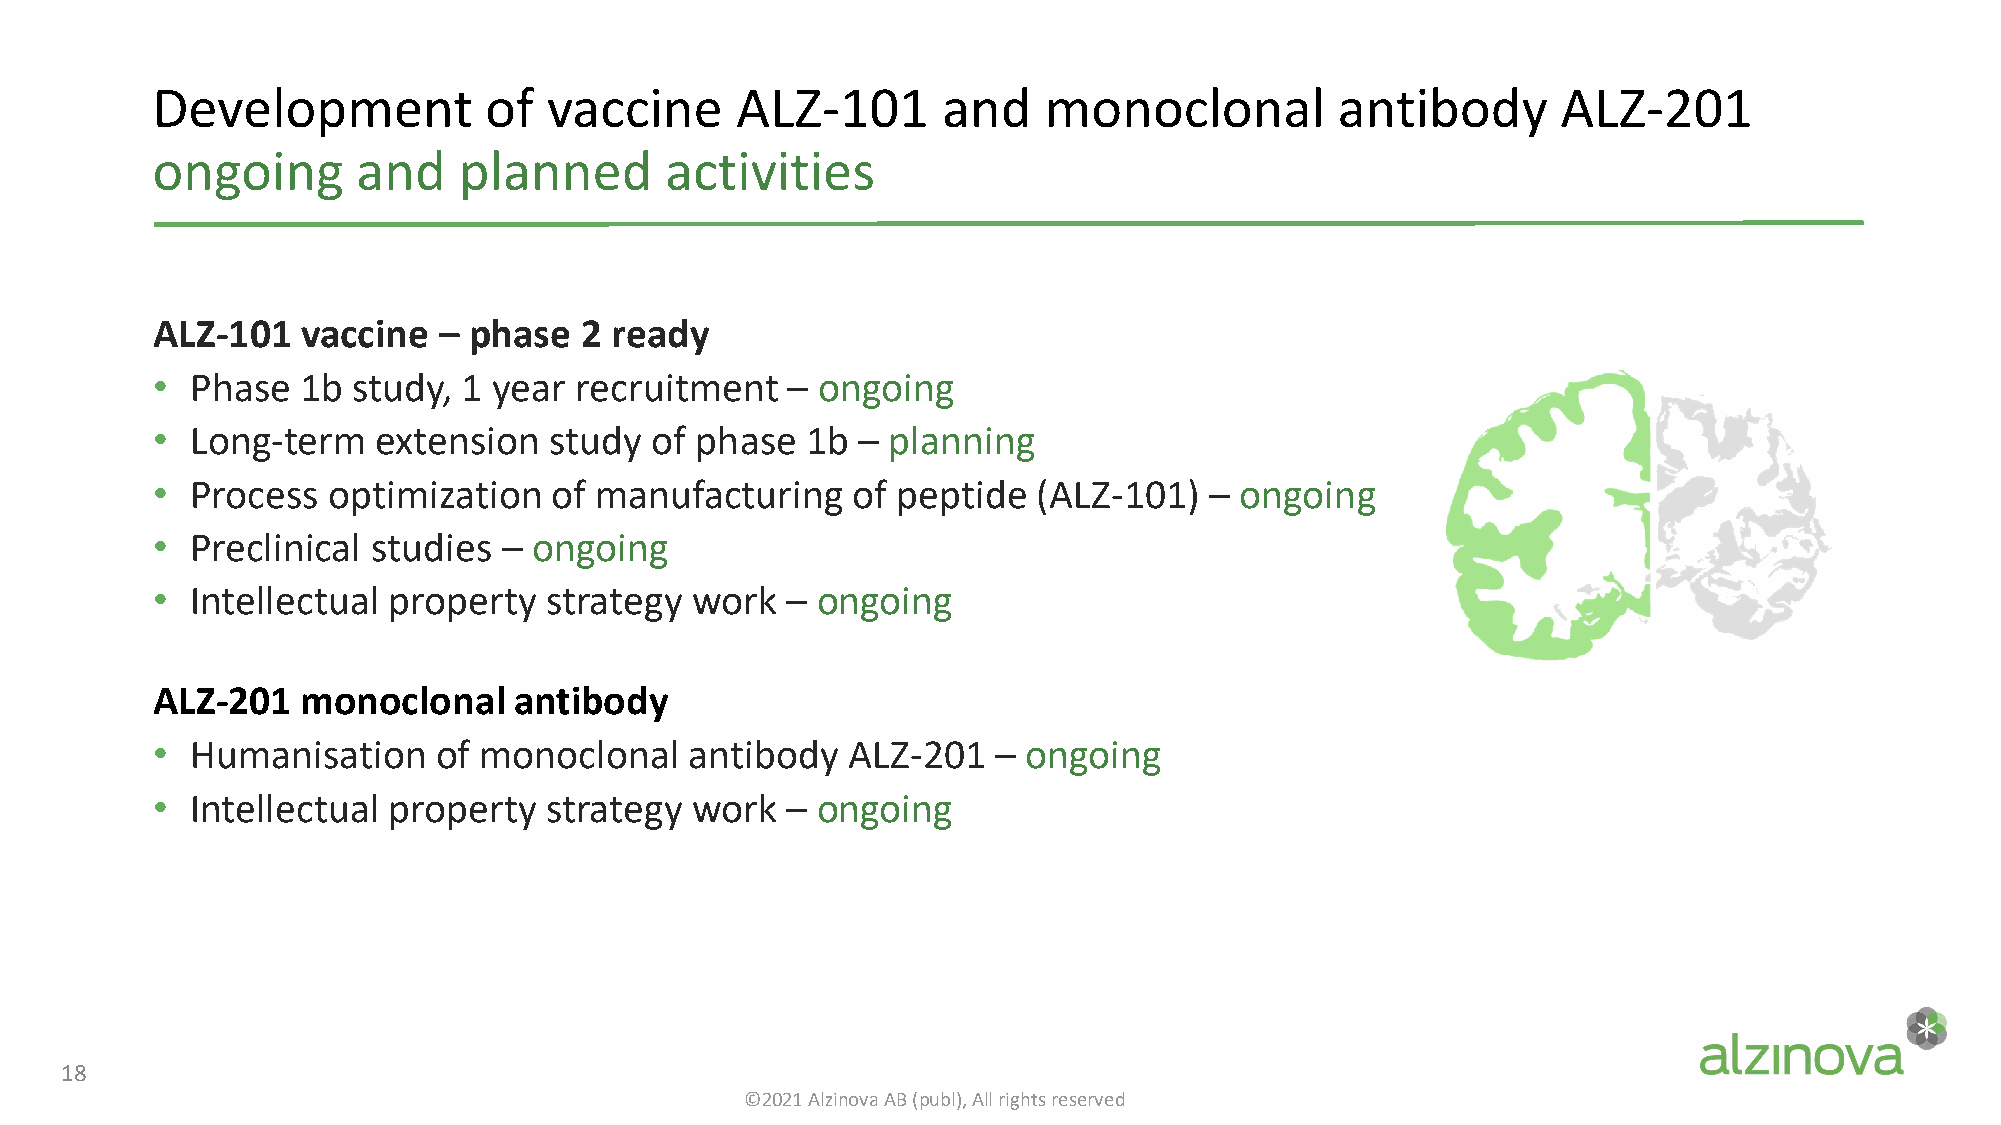
Development           of  vaccine      ALZ-101      and    monoclonal          antibody      ALZ-201
 ongoing       and   planned       activities
 ALZ-101   vaccine  – phase  2 ready
 •  Phase  1b study,  1 year recruitment   – ongoing
 •  Long-term   extension  study  of phase  1b  – planning
 •  Process  optimization  of manufacturing    of peptide   (ALZ-101)  – ongoing
 •  Preclinical studies – ongoing
 •  Intellectual property  strategy  work  – ongoing
 ALZ-201   monoclonal    antibody
 •  Humanisation    of monoclonal    antibody  ALZ-201   – ongoing
 •  Intellectual property  strategy  work  – ongoing
 18
 ©2021 Alzinova AB (publ), All rights reserved